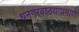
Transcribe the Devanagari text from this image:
धनगरवाडयाप्रमाणे